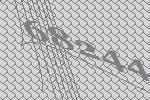
68244